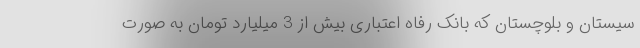
سیستان و بلوچستان که بانک رفاه اعتباری بیش از 3 میلیارد تومان به صورت